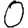
Digit: 0